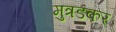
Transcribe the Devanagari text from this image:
मुत्रडकर